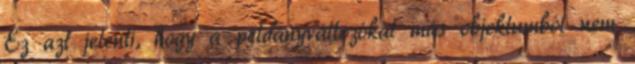
Ez azt jelenti, hogy a példányváltozókat más objektumból nem